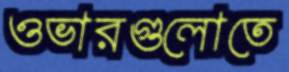
ওভারগুলোতে